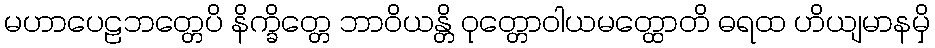
မဟာပေဠဘတ္တေပိ နိက္ခိတ္တေ ဘာဝိယန္တိ ဝုတ္တောဝါယမတ္ထောတိ ဓရထ ဟိယျမာနမှိ